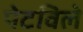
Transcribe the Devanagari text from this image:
पेटविले